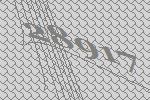
28917